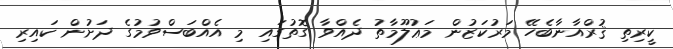
ކީރިތި ޤުރްއާނާބެހޭ މަރުކަޒުން މަޢުލޫމާތު ދެއްވާ ގޮތުގައި މި އެއްބަސްވުމުގެ ދަށުން ކައިރި